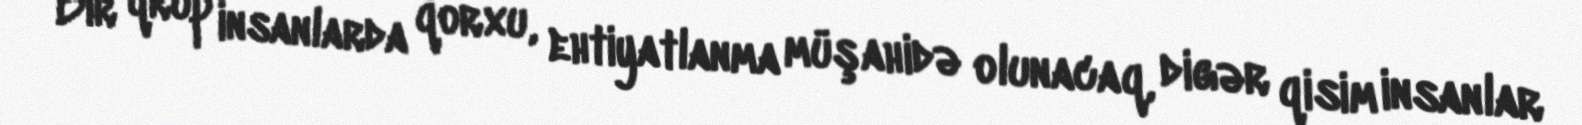
Bir qrup insanlarda qorxu, ehtiyatlanma müşahidə olunacaq, digər qisim insanlar